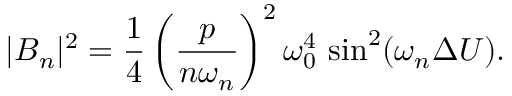
| B _ { n } | ^ { 2 } = { \frac { 1 } { 4 } } \left( { \frac { p } { n \omega _ { n } } } \right) ^ { 2 } \omega _ { 0 } ^ { 4 } \, \sin ^ { 2 } ( \omega _ { n } \Delta U ) .